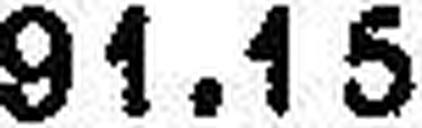
91.15